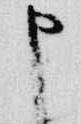
申